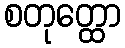
စတုတ္ထော